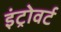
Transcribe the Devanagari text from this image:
इंट्रोवर्ट